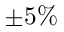
\pm 5 \%